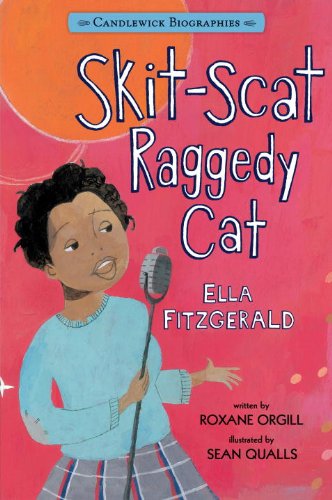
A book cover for Skit-Scat Raggedy Cat: Candlewick Biographies: Ella Fitzgerald; Roxane Orgill; Children's Books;